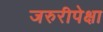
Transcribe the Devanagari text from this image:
जरुरीपेक्षा